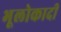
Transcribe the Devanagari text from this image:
भूलोकादी